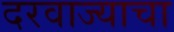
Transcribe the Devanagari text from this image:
दरवाज्याचा